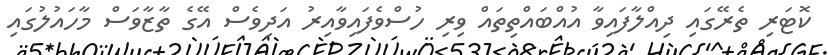
ކޮޓަރި ތެރޭގައި ދިއްލާފައިވާ އުއްބައްތިތައް ވިރި ހުސްވެފައިވާއިރު އަދިވެސް އޭގެ ތާޒާވަސް މާހައުލުގައި